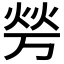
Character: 𰞪